Report of the Imperial Institute of Veterinary Research, Muktesar
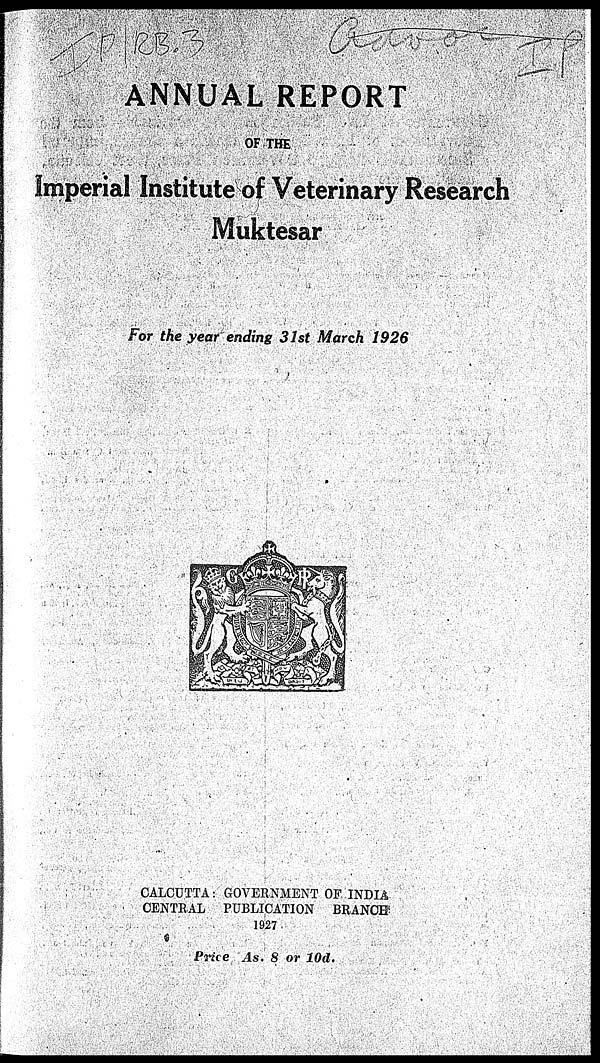
ANNUAL REPORT
OF THE
Imperial Institute of Veterinary Research
Muktesar
For the year ending 31st March 1926
CALCUTTA : GOVERNMENT OF INDIA
CENTRAL PUBLICATION
BRANCH
1927
Price As. 8 or 10d.